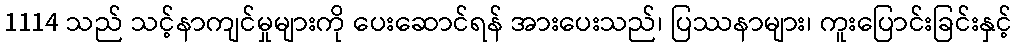
1114 သည် သင့်နာကျင်မှုများကို ပေးဆောင်ရန် အားပေးသည်၊ ပြဿနာများ၊ ကူးပြောင်းခြင်းနှင့်